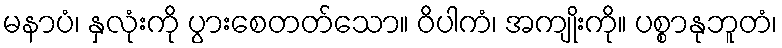
မနာပံ၊ နှလုံးကို ပွားစေတတ်သော။ ဝိပါကံ၊ အကျိုးကို။ ပစ္စာနုဘူတံ၊